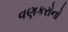
વણકરોનો